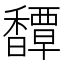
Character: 𩡝